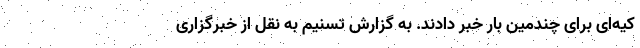
کیه‌ای برای چندمین بار خبر دادند. به گزارش تسنیم به نقل از خبرگزاری